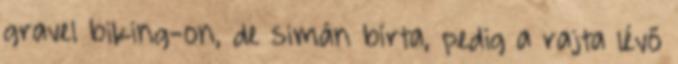
gravel biking-on, de simán bírta, pedig a rajta lévő